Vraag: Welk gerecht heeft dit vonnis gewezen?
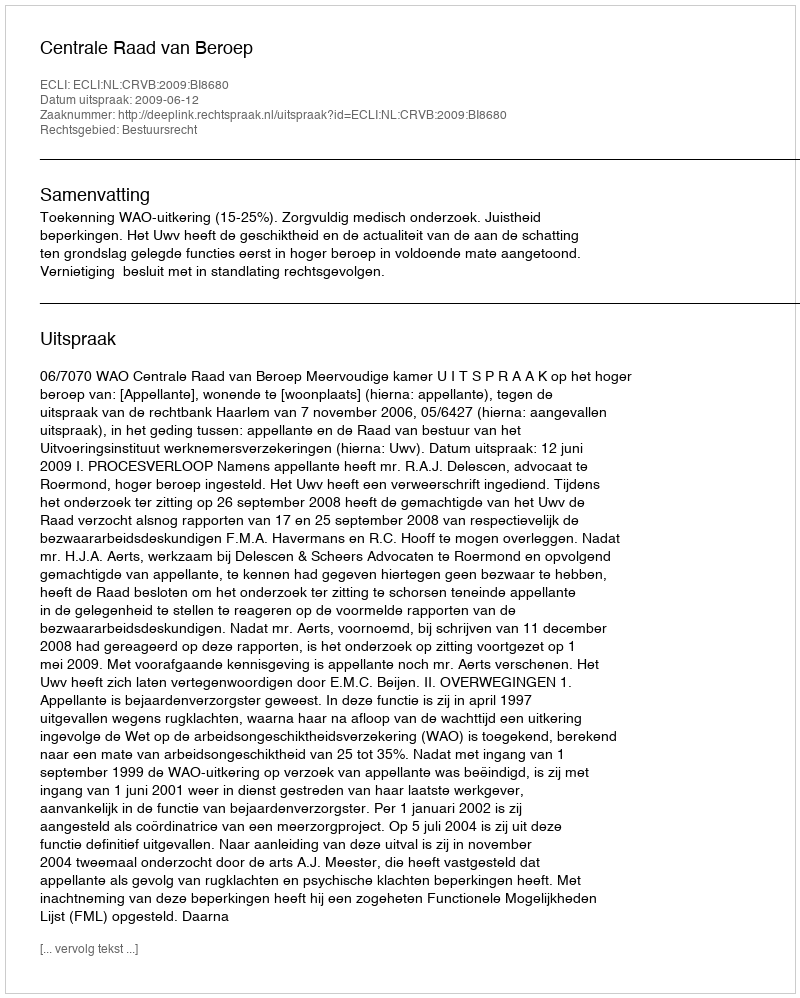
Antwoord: Centrale Raad van Beroep